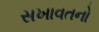
સખાવતનો